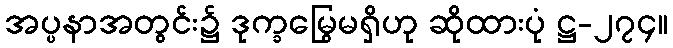
အပ္ပနာအတွင်း၌ ဒုက္ခမြွေမရှိဟု ဆိုထားပုံ ဋ္ဌ-၂၇၄။